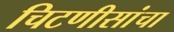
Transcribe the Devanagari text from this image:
चिटणीसांचा